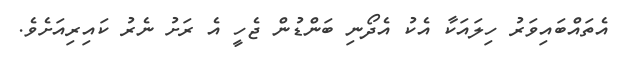
އެތައްބައިވަރު ހިލައަކާ އެކު އެދޯނި ބަންޑުން ޖެހީ އެ ރަށު ނެރު ކައިރިއަށެވެ.